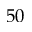
5 0